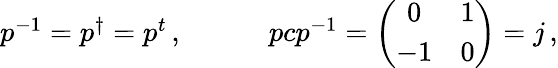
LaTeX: \begin{array}{cc}{{p^{-1}=p^{\dagger}=p^{t}\, ,~~~~}}&{{~~~~pcp^{-1}=\left(\begin{array}{cc}{{0}}&{{1}}\\ {{-1}}&{{0}}\end{array}\right)=j\, ,}}\end{array}